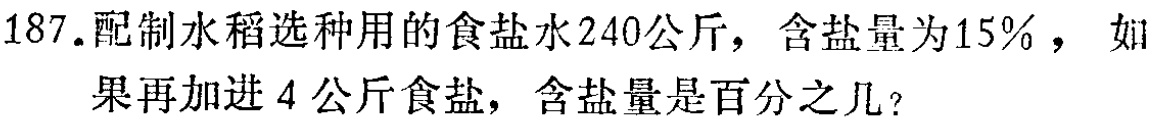
187.配制水稻选种用的食盐水240公斤，含盐量为15%，如果再加进4公斤食盐，含盐量是百分之几？